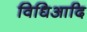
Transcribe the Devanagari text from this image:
विधिआदि